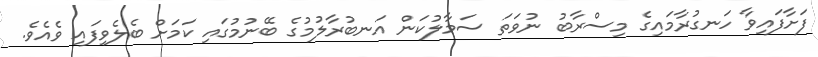
ފަށާފައިވާ ހަނގުރާމައިގެ މިސްރާބު ނުވަތަ ސަމާލުކަން އަނބުރާލުމުގެ ބޭނުމުގައި ކަމަށް ބެލެވިފައި ވެއެވެ.